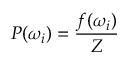
P ( \omega _ { i } ) = \frac { f ( \omega _ { i } ) } { Z }